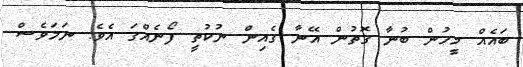
ބައެއް މީހުން ބުނާ ގޮތުން އޭނާ ގެއިން ނުކުތީ ފޯނެއްގަ އެވެ. ނަމަވެސް